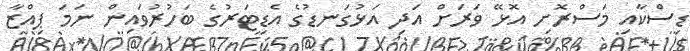
ޑިސްކާއި މަސްރޮށި އޮޅޭ ވަރަށް އަދި އަޅުގަނޑުގެ އެޑިޓަރުގެ ބަހުރުވައިން ނަމަ ޕިއްޒާ